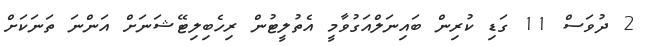
2 ދުވަސް 11 ގަޑި ކުރިން ބައިނަލްއަގުވާމީ އެތުލީޓުން ރިހެބިލިޓޭޝަނަށް އަންނަ ތަނަކަށް